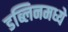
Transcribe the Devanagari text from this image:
डब्लिनमध्ये